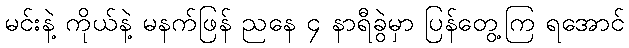
မင်းနဲ့ ကိုယ်နဲ့ မနက်ဖြန် ညနေ ၄ နာရီခွဲမှာ ပြန်တွေ့ကြ ရအောင်